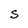
Character: S